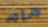
مام